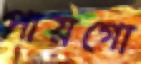
পায়গো